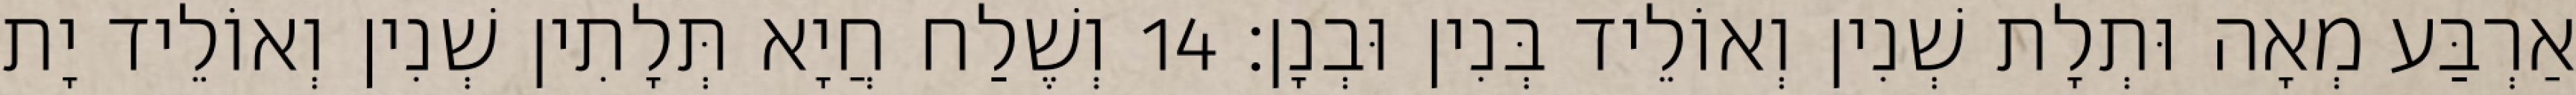
אַרְבַּע מְאָה וּתְלָת שְׁנִין וְאוֹלֵיד בְּנִין וּבְנָן׃ 14 וְשֶׁלַח חֲיָא תְּלָתִין שְׁנִין וְאוֹלֵיד יָת